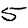
Digit: 5